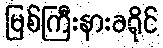
မြစ်ကြီးနားခရိုင်